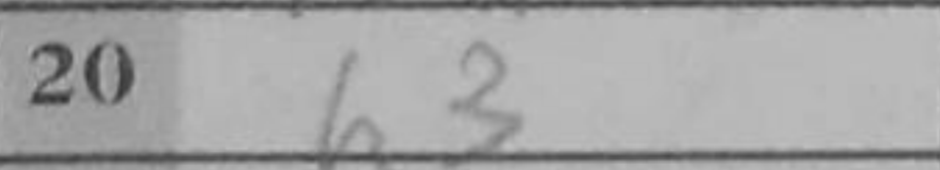
Transcription: h3